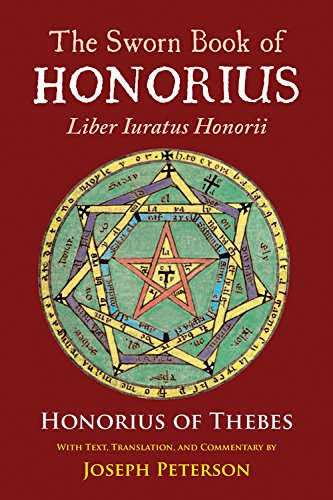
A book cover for The Sworn Book of Honorius: Liber Iuratus Honorii; Honorius of Thebes; Religion & Spirituality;